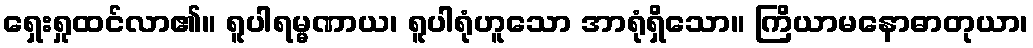
ရှေးရှုထင်လာ၏။ ရူပါရမ္မဏာယ၊ ရူပါရုံဟူသော အာရုံရှိသော။ ကြိယာမနောဓာတုယာ၊